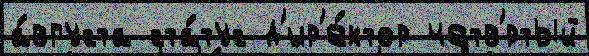
а́вгуста ста́тус д'ир'е́ктор четв'́ртый